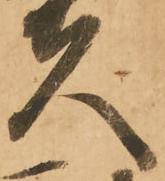
夫